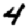
Digit: 4